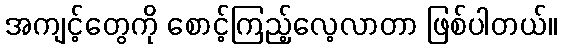
အကျင့်တွေကို စောင့်ကြည့်လေ့လာတာ ဖြစ်ပါတယ်။